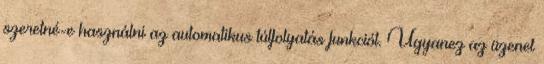
szeretné-e használni az automatikus túlfolyatás funkciót. Ugyanez az üzenet